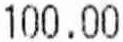
100.00